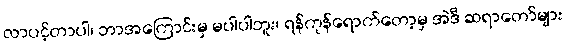
လာပင့်တာပါ၊ ဘာအကြောင်းမှ မပါပါဘူး၊ ရန်ကုန်ရောက်တော့မှ အဲဒီ ဆရာတော်များ